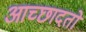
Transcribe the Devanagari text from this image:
आच्छादतो